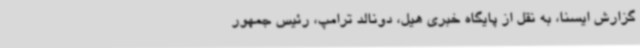
گزارش ایسنا، به نقل از پایگاه خبری هیل، دونالد ترامپ، رئیس جمهور